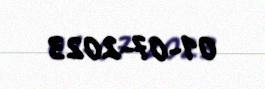
01-07-2023